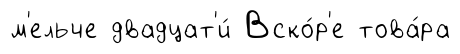
м'ельче двадцат'и́ Вско́р'е това́ра